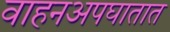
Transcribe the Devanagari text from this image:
वाहनअपघातात